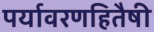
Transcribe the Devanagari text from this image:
पर्यावरणहितैषी